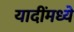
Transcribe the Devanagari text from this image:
यादींमध्ये